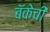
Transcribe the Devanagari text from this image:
बॅकेची